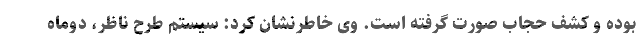
بوده و کشف حجاب صورت گرفته است. وی خاطرنشان کرد: سیستم طرح ناظر، دوماه